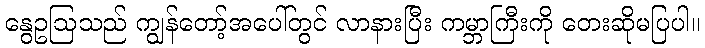
နွေဥဩသည် ကျွန်တော့်အပေါ်တွင် လာနားပြီး ကမ္ဘာကြီးကို တေးဆိုမပြပါ။